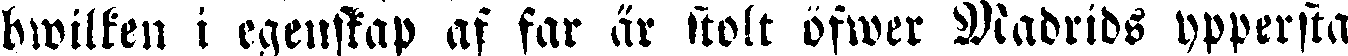
hwilken i egenskap af far är stolt öfwer Madrids yppersta